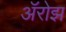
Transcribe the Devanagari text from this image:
ॲरोझ